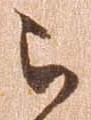
被